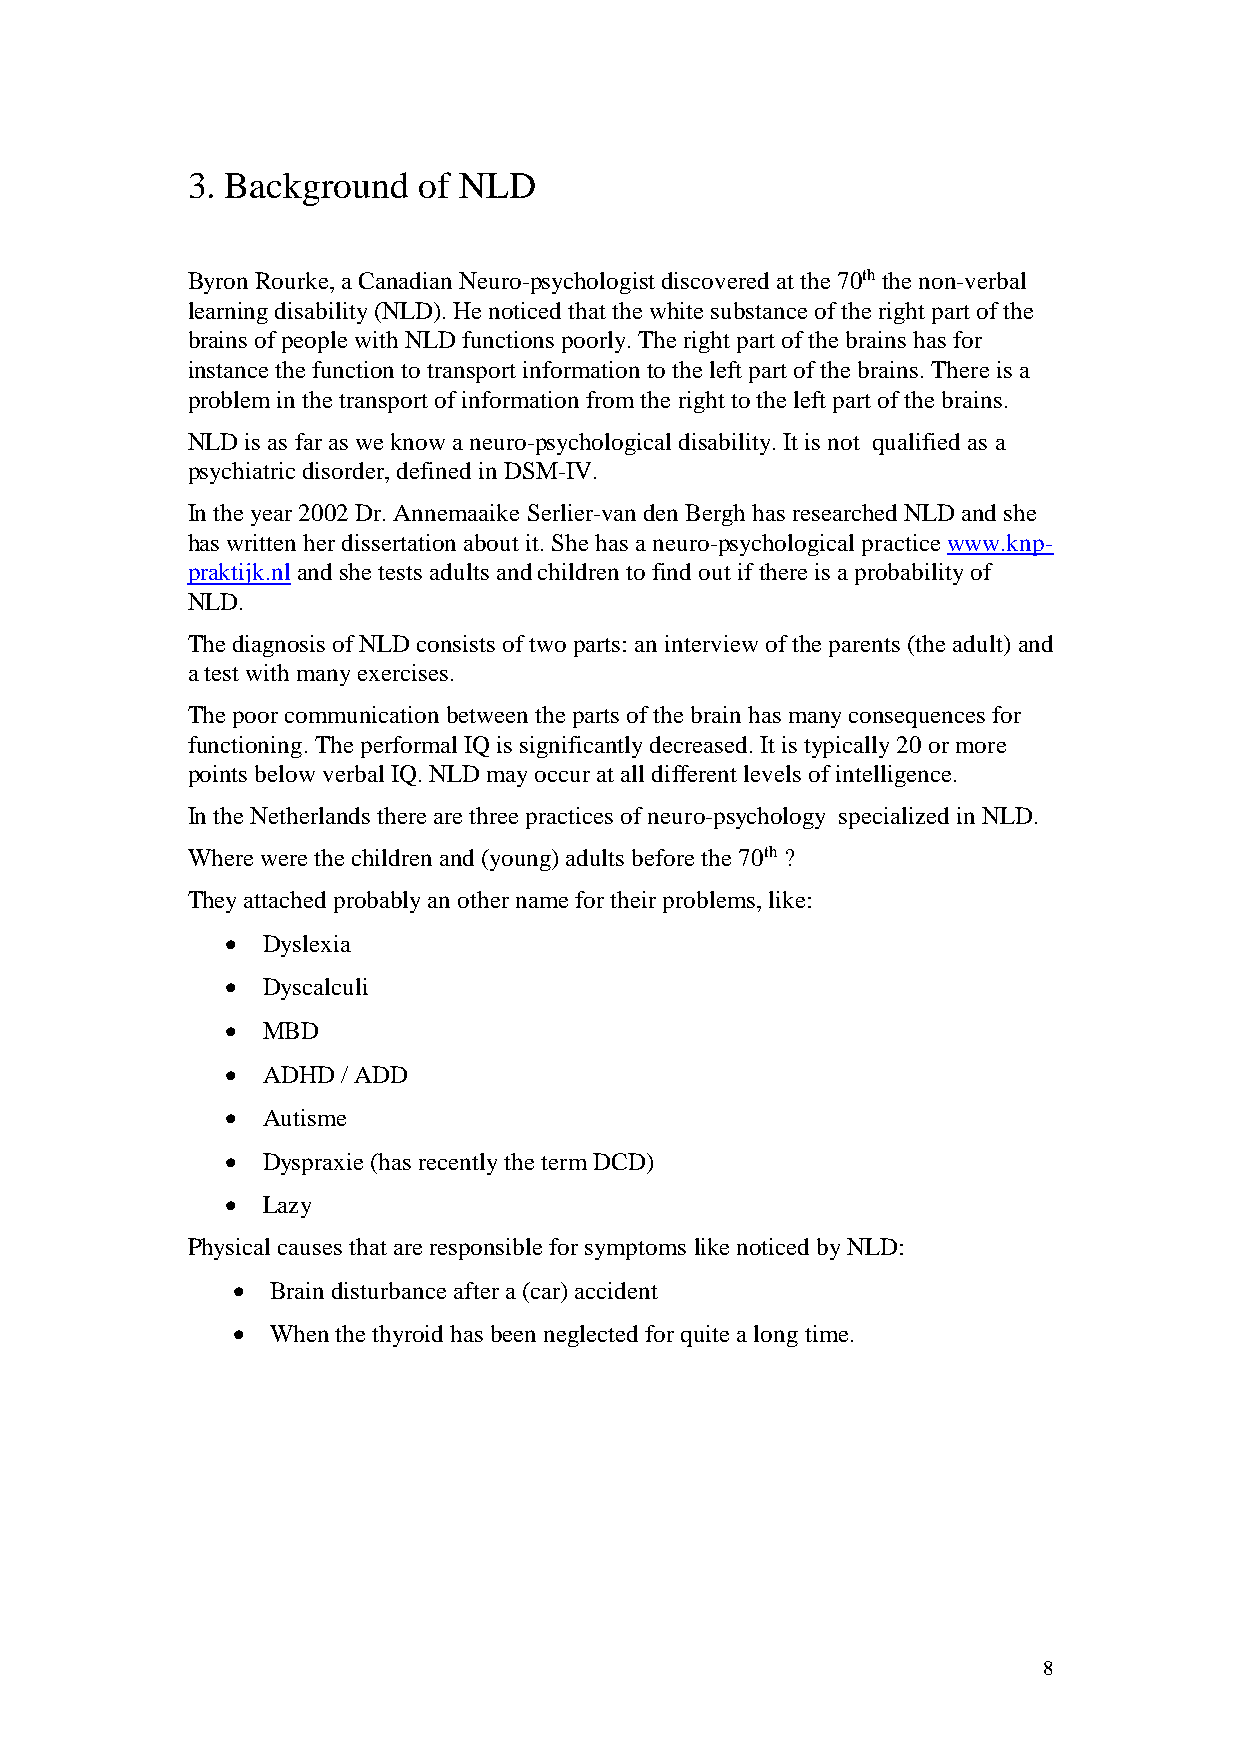
3. Background   of NLD
 Byron Rourke, a Canadian Neuro-psychologist discovered at the 70th the non-verbal
 learning disability (NLD). He noticed that the white substance of the right part of the
 brains of people with NLD functions poorly. The right part of the brains has for
 instance the function to transport information to the left part of the brains. There is a
 problem in the transport of information from the right to the left part of the brains.
 NLD is as far as we know a neuro-psychological disability. It is not qualified as a
 psychiatric disorder, defined in DSM-IV.
 In the year 2002 Dr. Annemaaike Serlier-van den Bergh has researched NLD and she
 has written her dissertation about it. She has a neuro-psychological practice www.knp-
 praktijk.nl and she tests adults and children to find out if there is a probability of
 NLD.
 The diagnosis of NLD consists of two parts: an interview of the parents (the adult) and
 a test with many exercises.
 The poor communication between the parts of the brain has many consequences for
 functioning. The performal IQ is significantly decreased. It is typically 20 or more
 points below verbal IQ. NLD may occur at all different levels of intelligence.
 In the Netherlands there are three practices of neuro-psychology specialized in NLD.
 Where were the children and (young) adults before the 70th ?
 They attached probably an other name for their problems, like:
  Dyslexia
  Dyscalculi
  MBD
  ADHD  / ADD
  Autisme
  Dyspraxie (has recently the term DCD)
  Lazy
 Physical causes that are responsible for symptoms like noticed by NLD:
   Brain disturbance after a (car) accident
   When the thyroid has been neglected for quite a long time.
 8